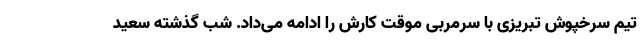
تیم سرخپوش تبریزی با سرمربی موقت کارش را ادامه می‌داد. شب گذشته سعید